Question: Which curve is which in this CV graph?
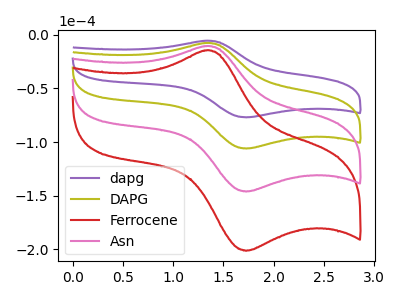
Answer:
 <answer>The purple curve is labeled "dapg". The olive curve is labeled "DAPG". The red curve is labeled "Ferrocene". The pink curve is labeled "Asn".</answer>
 <eval></eval>